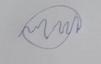
Signature authenticity: forged